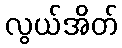
လွယ်အိတ်